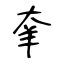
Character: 羍